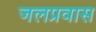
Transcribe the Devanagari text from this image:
जलप्रवास